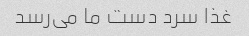
غذا سرد دست ما می‌رسد